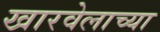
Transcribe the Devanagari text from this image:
खारवेलाच्या